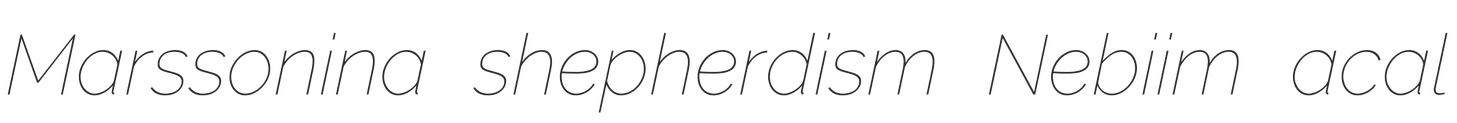
Marssonina shepherdism Nebiim acal